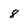
Character: 8